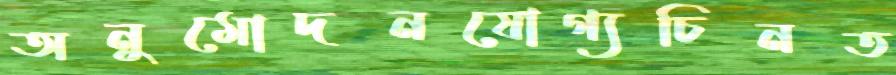
অনুমোদনযোগ্যচিনত